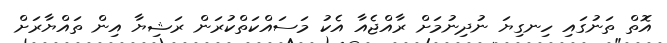
އޮތް ތަނުގައި ހިނގިޔަ ނުދިނުމަށް ރާއްޖެއާ އެކު މަސައްކަތްކުރަން ރަޝިޔާ އިން ތައްޔާރަށް